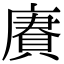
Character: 賡